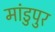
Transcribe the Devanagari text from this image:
मांडुपुर